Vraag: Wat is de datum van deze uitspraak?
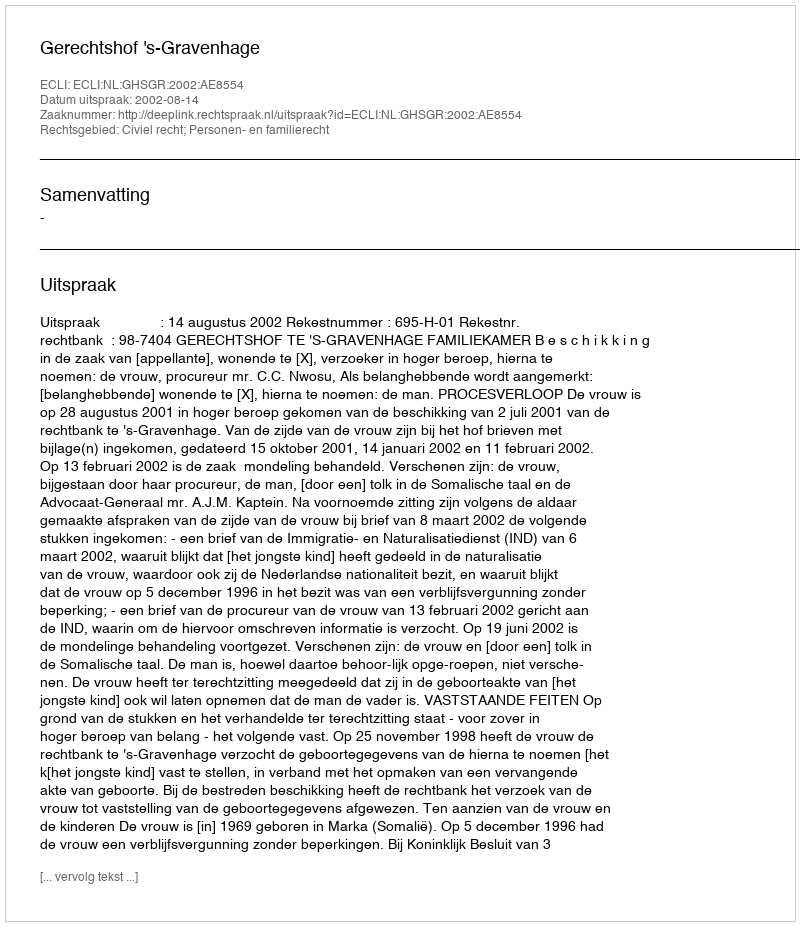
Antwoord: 2002-08-14